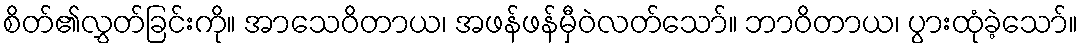
စိတ်၏လွှတ်ခြင်းကို။ အာသေဝိတာယ၊ အဖန်ဖန်မှီဝဲလတ်သော်။ ဘာဝိတာယ၊ ပွားထုံခဲ့သော်။